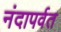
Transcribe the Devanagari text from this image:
नंदापर्वत